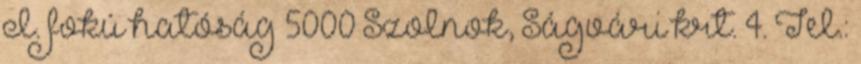
I. fokú hatóság 5000 Szolnok, Ságvári krt. 4. Tel.: